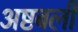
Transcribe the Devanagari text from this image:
अष्टबली